Punjab Mental Hospital Lahore 1922-31 - 1922-1931
Year: 1922
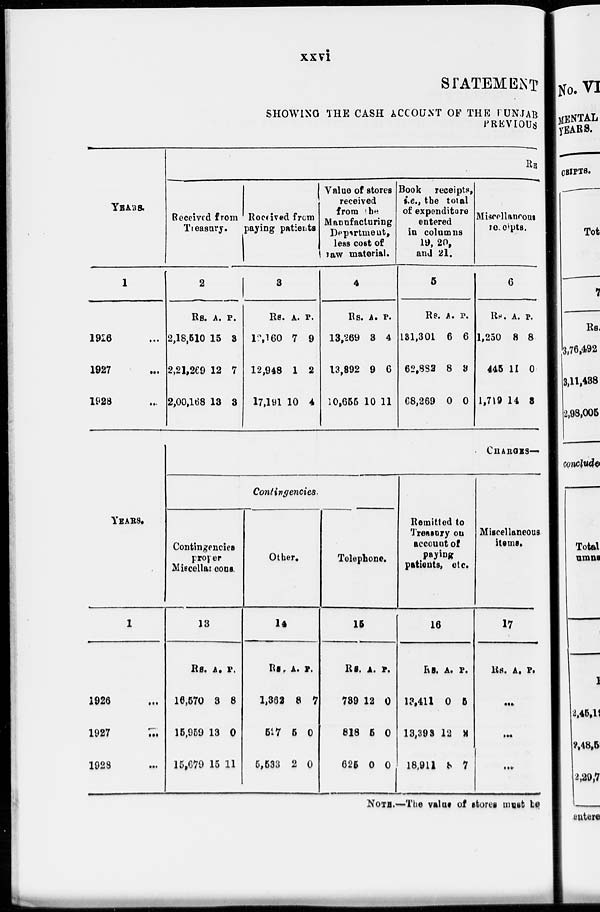
xxvi
STATEMENT
SHOWING THE CASH ACCOUNT OF THE PUNJAB
PREVIOUS
YEARS.
1
1926 ...
1927 ...
1928 ...
YEARS.
1
1926 ...
1927 ...
1928 ...
RE
Received from
Treasury.
2
Rs.
2,18,510
2,21,269
2,00,168
A.
15
12
13
P.
3
7
3
Received from
paying patients
3
Rs.
12,160
12,948
17,191
A.
7
1
10
P.
9
2
4
Value of stores
received
from the
Manufacturing
Department,
less cost of
raw material.
4
Rs.
13,269
13,892
10,655
A.
3
9
10
P.
4
6
11
Book receipts,
i.e., the total
of expenditure
entered
in columns
19, 20,
and 21.
5
Rs.
131,301
62,882
68,269
A.
6
8
0
P.
6
3
0
Miscellaneous
receipts.
6
Rs.
1,250
445
1,719
A.
8
11
14
P.
8
0
3
CHARGES—
Contingencies.
Contingencies
proper
Miscellaneous.
13
Rs.
16,570
15,959
15,679
A.
3
13
15
P.
8
0
11
Other.
14
Rs.
1,362
527
5,533
A.
8
5
2
P.
7
0
0
Telephone.
15
Rs.
739
818
625
A.
12
5
0
P.
0
0
0
Remitted to
Treasury on
account of
paying
patients, etc.
16
Rs.
13,41l
13,393
18,911
A.
0
12
3
P.
5
2
7
Miscellaneous
items.
17
Rs. A. P.
...
...
...
NOTE.—The value of stores must be